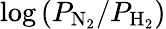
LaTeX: \log\left({P_{\mathrm{N_{2}}}/P_{\mathrm{H_{2}}}}\right)